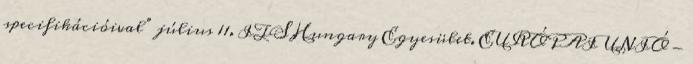
specifikációival” július 11. ITS Hungary Egyesület. EURÓPAI UNIÓ -